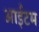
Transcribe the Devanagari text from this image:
आईटम